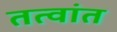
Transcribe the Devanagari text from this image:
तत्वांत